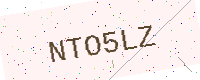
Text: NTO5LZ